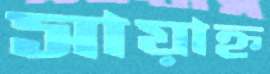
সায়াহ্ন